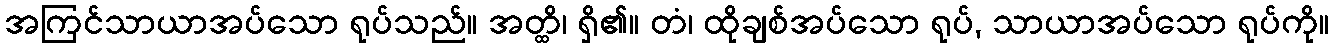
အကြင်သာယာအပ်သော ရုပ်သည်။ အတ္ထိ၊ ရှိ၏။ တံ၊ ထိုချစ်အပ်သော ရုပ်, သာယာအပ်သော ရုပ်ကို။